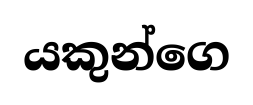
යකුන්ගෙ